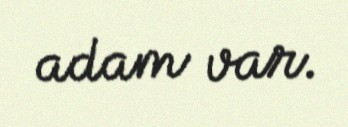
adam var.